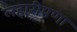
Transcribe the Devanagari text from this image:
लहारीपणा